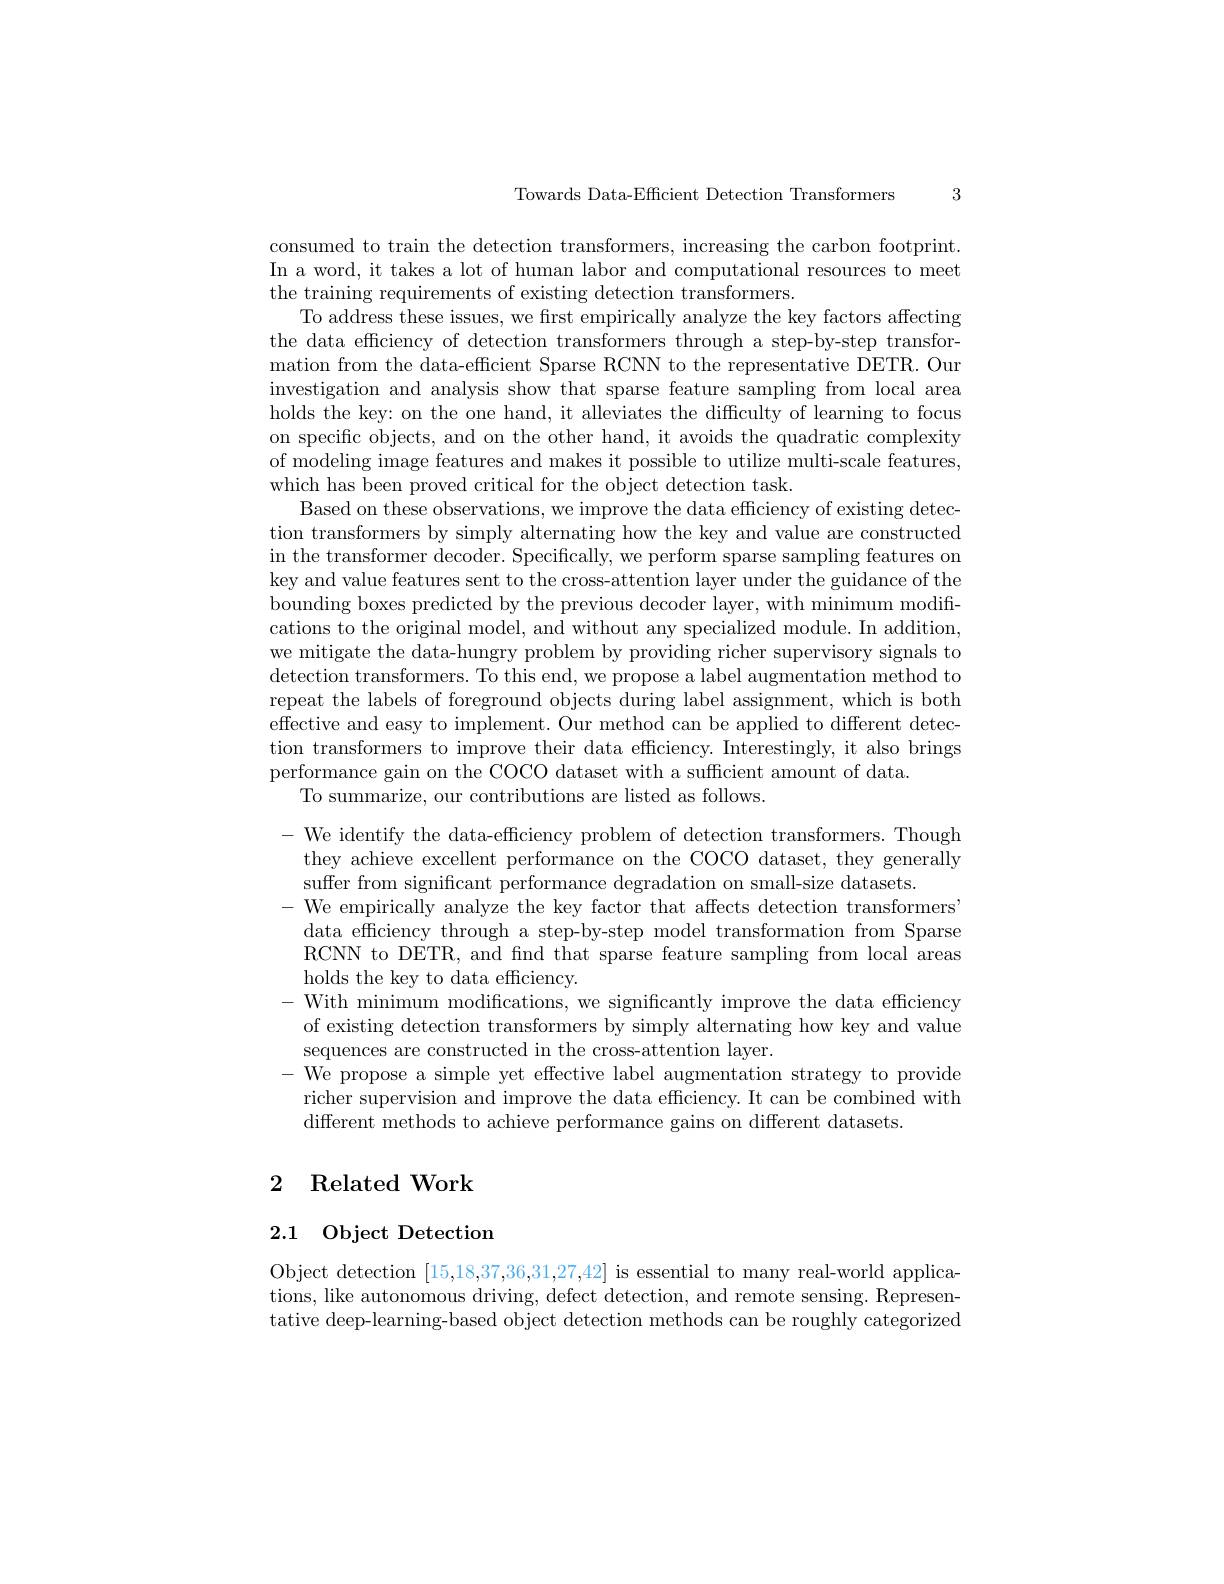
Towards Data-Efficient Detection Transformers 3

consumed to train the detection transformers, increasing the carbon footprint. In a word, it takes a lot of human labor and computational resources to meet the training requirements of existing detection transformers.
To address these issues, we first empirically analyze the key factors affecting the data efficiency of detection transformers through a step-by-step transformation from the data-efficient Sparse RCNN to the representative DETR. Our investigation and analysis show that sparse feature sampling from local area holds the key: on the one hand, it alleviates the difficulty of learning to focus on specific objects, and on the other hand, it avoids the quadratic complexity of modeling image features and makes it possible to utilize multi-scale features, which has been proved critical for the object detection task.
Based on these observations, we improve the data efficiency of existing detection transformers by simply alternating how the key and value are constructed in the transformer decoder. Specifically, we perform sparse sampling features on key and value features sent to the cross-attention layer under the guidance of the bounding boxes predicted by the previous decoder layer, with minimum modifications to the original model, and without any specialized module. In addition, we mitigate the data-hungry problem by providing richer supervisory signals to detection transformers. To this end, we propose a label augmentation method to repeat the labels of foreground objects during label assignment, which is both effective and easy to implement. Our method can be applied to different detection transformers to improve their data effciency. Interestingly, it also brings performance gain on the COCO dataset with a suffcient amount of data.
To summarize, our contributions are listed as follows.

- We identify the data-efficiency problem of detection transformers. Though
they achieve excellent performance on the COCO dataset, they generally
suffer from significant performance degradation on small-size datasets.
- We empirically analyze the key factor that affects detection transformers'
data efficiency through a step-by-step model transformation from Sparse RCNN to DETR, and find that sparse feature sampling from local areas holds the key to data efficiency.
-With minimum modifications, we significantly improve the data efficiency
of existing detection transformers by simply alternating how key and value
sequences are constructed in the cross-attention layer.
- We propose a simple yet effective label augmentation strategy to provide
richer supervision and improve the data efficiency. It can be combined with
different methods to achieve performance gains on different datasets.

# 2 Related Work

# 2.1 Object Detection

Object detection [15,18,37,36,31,27,42] is essential to many real-world applications, like autonomous driving, defect detection, and remote sensing. Representative deep-learning-based object detection methods can be roughly categorized